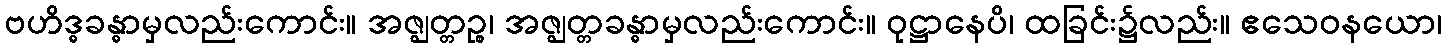
ဗဟိဒ္ဓခန္ဓာမှလည်းကောင်း။ အဇ္ဈတ္တဉ္စ၊ အဇ္ဈတ္တခန္ဓာမှလည်းကောင်း။ ဝုဋ္ဌာနေပိ၊ ထခြင်း၌လည်း။ ဧသေဝနယော၊